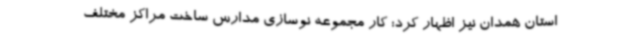
استان همدان نیز اظهار کرد: کار مجموعه نوسازی مدارس ساخت مراکز مختلف